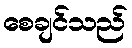
စေချင်သည်